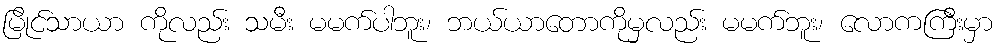
မြိုင်သာယာ ကိုလည်း သမီး မမက်ပါဘူး၊ ဘယ်ယာတောကိုမှလည်း မမက်ဘူး၊ လောကကြီးမှာ